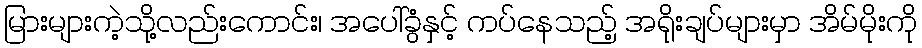
မြားများကဲ့သို့လည်းကောင်း၊ အပေါ်ခွံနှင့် ကပ်နေသည့် အရိုးချပ်များမှာ အိမ်မိုးကို